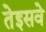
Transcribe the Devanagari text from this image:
तेइसवे